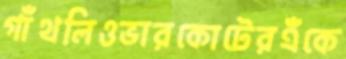
গাঁথলিওভারকোটেরএঁকে